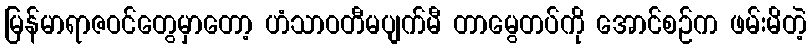
မြန်မာရာဇဝင်တွေမှာတော့ ဟံသာဝတီမပျက်မီ တာမွေတပ်ကို အောင်စဉ်က ဖမ်းမိတဲ့